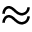
\approx